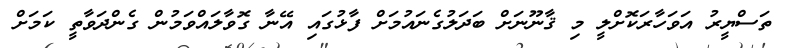
ތަސްޔީރު އަވަހާރަކޮށްލީ މި ޤާނޫނަށް ބަދަލުގެނައުމަށް ފާޅުގައި އޭނާ ގޮވާލައްވަމުން ގެންދަވާތީ ކަމަށް